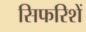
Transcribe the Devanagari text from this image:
सिफरिशें